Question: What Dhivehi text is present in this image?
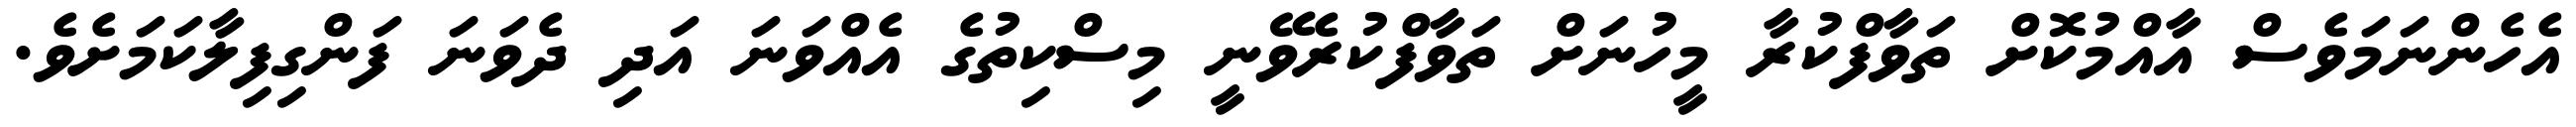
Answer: އެހެންނަމަވެސް އާއްމުކޮށް ތަވާފްކުރާ މީހުނަށް ތަވާފްކުރެވޭނީ މިސްކިތުގެ އެއްވަނަ އަދި ދެވަނަ ފަންގިފިލާކަމަށެވެ.